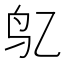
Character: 𱉇